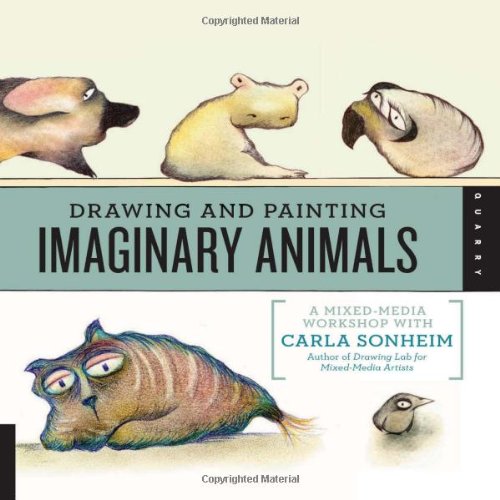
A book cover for Drawing and Painting Imaginary Animals: A Mixed-Media Workshop with Carla Sonheim; Carla Sonheim; Crafts, Hobbies & Home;